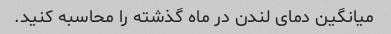
میانگین دمای لندن در ماه گذشته را محاسبه کنید.